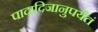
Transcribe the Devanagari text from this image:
पादादिजानुपर्यंतं